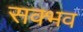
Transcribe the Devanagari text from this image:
सक्भव